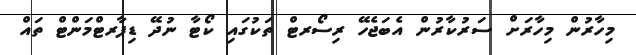
މިހާރުން މިހާރަށް ސަރުކާރުން އެބަޖެހޭ ރިސޯރޓް ތަކުގައި ކޯޓާ ނުދޭ ޑިޕާރޓްމަންޓް ތައް